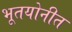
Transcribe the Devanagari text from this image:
भूतयोनीत